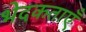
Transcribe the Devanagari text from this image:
भेदकताएँ